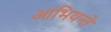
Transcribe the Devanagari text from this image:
आभियन्ते